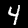
Digit: 4